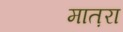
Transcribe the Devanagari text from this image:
मात़रा